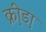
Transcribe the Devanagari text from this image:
क्री़डा़